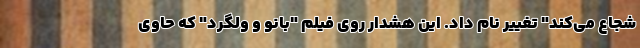
شجاع می‌کند" تغییر نام داد. این هشدار روی فیلم "بانو و ولگرد" که حاوی